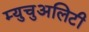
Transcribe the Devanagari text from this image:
म्युचुअलिटी